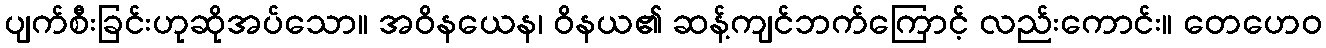
ပျက်စီးခြင်းဟုဆိုအပ်သော။ အဝိနယေန၊ ဝိနယ၏ ဆန့်ကျင်ဘက်ကြောင့် လည်းကောင်း။ တေဟေဝ